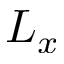
L _ { x }